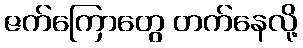
ဇက်ကြောတွေ တက်နေလို့